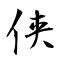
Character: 侠